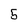
Character: 5